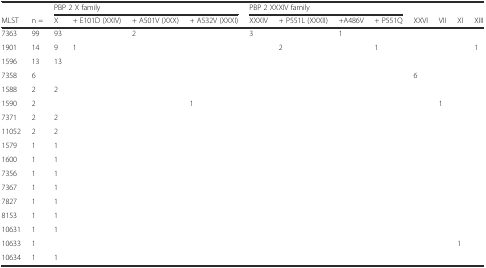
|  |  | <COLSPAN=4> PBP 2 X family | <COLSPAN=4> PBP 2 XXXIV family |  |  |  |  |
 | MLST | n = | X | + E101D (XXIV) | + A501V (XXX) | + A532V (XXXI) | XXXIV | + P551L (XXXII) | +A486V | + P551Q | XXVI | VII | XI | XIII |
 | --- | --- | --- | --- | --- | --- | --- | --- | --- | --- | --- | --- | --- | --- |
 | 7363 | 99 | 93 |  | 2 |  | 3 |  | 1 |  |  |  |  |  |
 | 1901 | 14 | 9 | 1 |  |  |  | 2 |  | 1 |  |  |  | 1 |
 | 1596 | 13 | 13 |  |  |  |  |  |  |  |  |  |  |  |
 | 7358 | 6 |  |  |  |  |  |  |  |  | 6 |  |  |  |
 | 1588 | 2 | 2 |  |  |  |  |  |  |  |  |  |  |  |
 | 1590 | 2 |  |  |  | 1 |  |  |  |  |  | 1 |  |  |
 | 7371 | 2 | 2 |  |  |  |  |  |  |  |  |  |  |  |
 | 11052 | 2 | 2 |  |  |  |  |  |  |  |  |  |  |  |
 | 1579 | 1 | 1 |  |  |  |  |  |  |  |  |  |  |  |
 | 1600 | 1 | 1 |  |  |  |  |  |  |  |  |  |  |  |
 | 7356 | 1 | 1 |  |  |  |  |  |  |  |  |  |  |  |
 | 7367 | 1 | 1 |  |  |  |  |  |  |  |  |  |  |  |
 | 7827 | 1 | 1 |  |  |  |  |  |  |  |  |  |  |  |
 | 8153 | 1 | 1 |  |  |  |  |  |  |  |  |  |  |  |
 | 10631 | 1 | 1 |  |  |  |  |  |  |  |  |  |  |  |
 | 10633 | 1 |  |  |  |  |  |  |  |  |  |  | 1 |  |
 | 10634 | 1 | 1 |  |  |  |  |  |  |  |  |  |  |  |